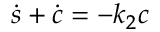
\dot { s } + \dot { c } = - k _ { 2 } c